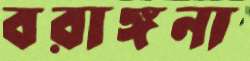
বরাঙ্গনা